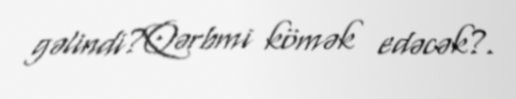
gəlindi?Qərbmi kömək edəcək?.